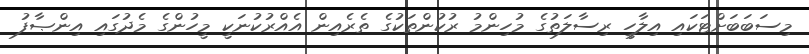
މިސަބަބަށްޓަކައި އިލާހީ ރިސާލަތުގެ މުހިންމު ރުކުންތަކުގެ ތެރެއިން އެއްރުކުނަކީ މީހުންގެ މެދުގައި އިންޞާފު